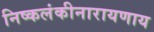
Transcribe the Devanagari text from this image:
निष्कलंकीनारायणाय